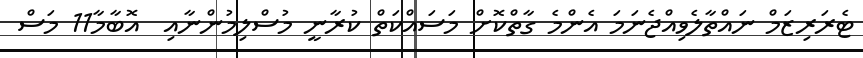
ޓެރަރިޒަމް ނައްތާލެވިއްޖެނަމަ އެންމެ ގާތްކޮށް މަސައްކަތް ކުރާނީ މުސްލިމުންނާއި  އޮބާމާ11 މަސް